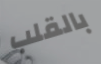
بالقلب